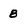
Character: 8